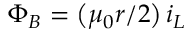
\Phi _ { B } = \left( \mu _ { 0 } r / 2 \right) i _ { L }